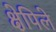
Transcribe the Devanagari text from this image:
क्षेपिले